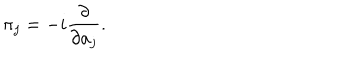
LaTeX: \pi _ { j } = - i { \frac { \partial } { \partial a _ { j } } } .